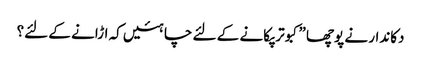
دکاندار نے پوچھا ”کبوتر پکانے کے لئے چاہئیں کہ اڑانے کے لئے؟